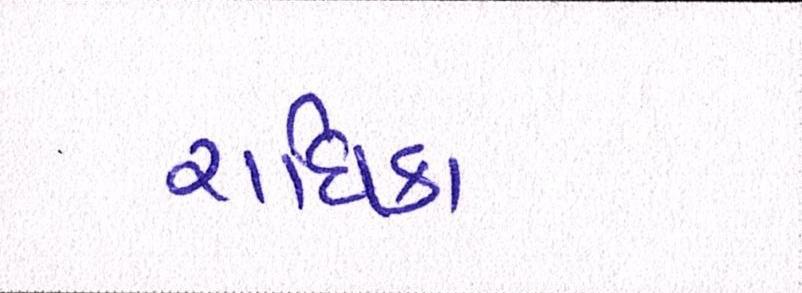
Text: રાધિકા